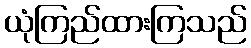
ယုံကြည်ထားကြသည်